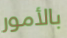
بالأمور